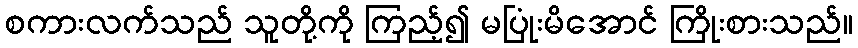
စကားလက်သည် သူတို့ကို ကြည့်၍ မပြုံးမိအောင် ကြိုးစားသည်။